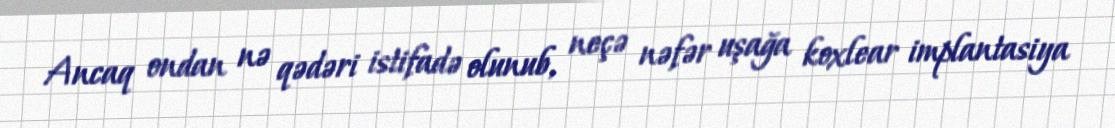
Ancaq ondan nə qədəri istifadə olunub, neçə nəfər uşağa koxlear implantasiya